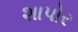
શાપોર